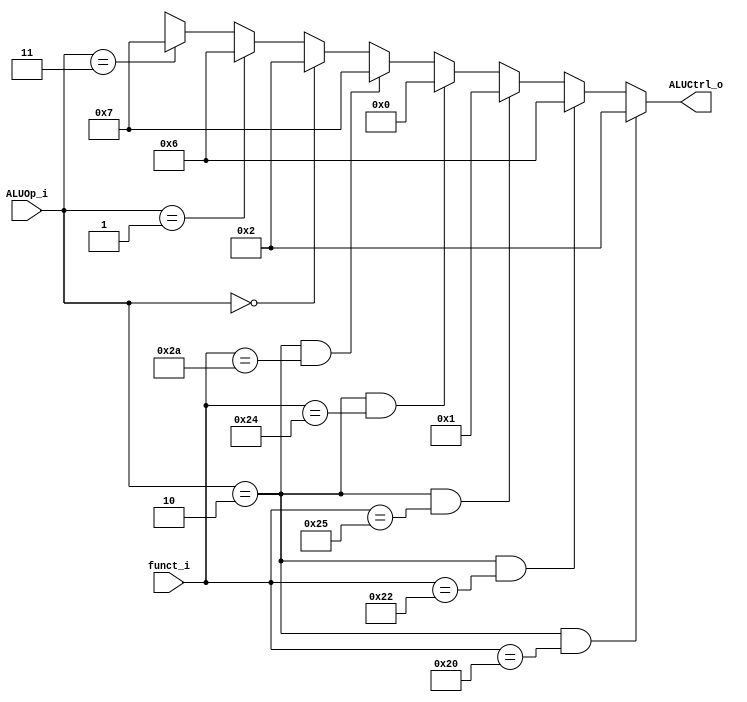
//SID:109550073
//Subject:     CO project 2 - ALU Controller
//--------------------------------------------------------------------------------
//Version:     1
//--------------------------------------------------------------------------------
//Writer:      
//----------------------------------------------
//Date:        
//----------------------------------------------
//Description: 
//--------------------------------------------------------------------------------
`timescale 1ns/1ps
module ALU_Ctrl(
          funct_i,
          ALUOp_i,
          ALUCtrl_o
          );
          
//I/O ports 
input      [6-1:0] funct_i;
input      [3-1:0] ALUOp_i;

output     [4-1:0] ALUCtrl_o;    
     
//Internal Signals
reg        [4-1:0] ALUCtrl_o;

//Parameter
always@(*) begin
    ALUCtrl_o <= (ALUOp_i == 3'b010 && funct_i == 6'b100000)? 4'b0010: //addu 
                   (ALUOp_i == 3'b010 && funct_i == 6'b100010)? 4'b0110: //subu 
                   (ALUOp_i == 3'b010 && funct_i == 6'b100101)? 4'b0001: //or    
                   (ALUOp_i == 3'b010 && funct_i == 6'b100100)? 4'b0000: //and 
                   (ALUOp_i == 3'b010 && funct_i == 6'b101010)? 4'b0111: //slt  
                   (ALUOp_i == 3'b000)? 4'b0010:  //addi 
                   (ALUOp_i == 3'b001)? 4'b0110:  //beq  
                   (ALUOp_i == 3'b011)? 4'b0111: 4'bXXXX; //slti
//Select exact operation
end
endmodule